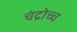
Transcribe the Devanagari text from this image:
चंद्रोच्च